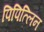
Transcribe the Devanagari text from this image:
पिपित्लिन